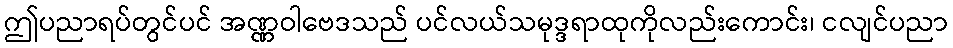
ဤပညာရပ်တွင်ပင် အဏ္ဏဝါဗေဒသည် ပင်လယ်သမုဒ္ဒရာထုကိုလည်းကောင်း၊ ငလျင်ပညာ